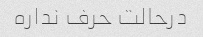
درحالت حرف نداره